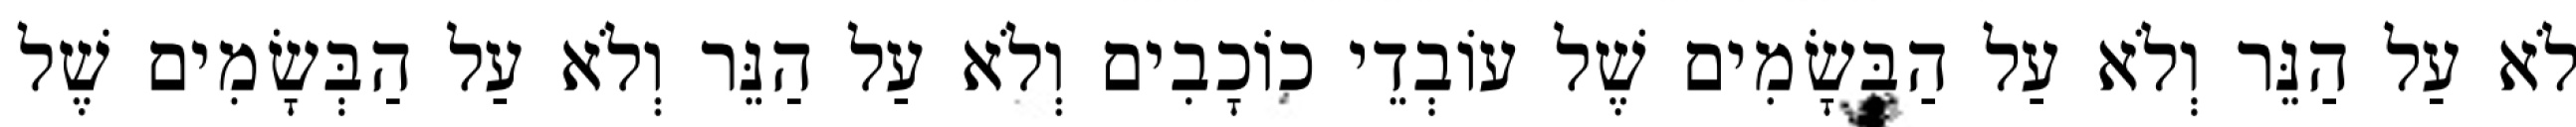
לֹא עַל הַנֵּר וְלֹא עַל הַבְּשָׂמִים שֶׁל עוֹבְדֵי כוֹכָבִים וְלֹא עַל הַנֵּר וְלֹא עַל הַבְּשָׂמִים שֶׁל